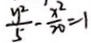
\frac { y ^ { 2 } } { 5 } - \frac { x ^ { 2 } } { 2 0 } = 1